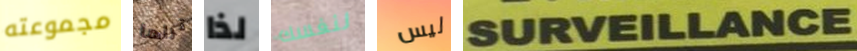
مجموعته تراها لذا لنفسك ليس SURVEILLANCE